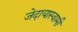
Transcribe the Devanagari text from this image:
जेदायास्वामी